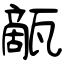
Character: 甋